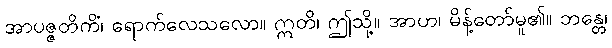
အာပဇ္ဇတိကိံ၊ ရောက်လေသလော။ ဣတိ၊ ဤသို့။ အာဟ၊ မိန့်တော်မူ၏။ ဘန္တေ၊